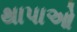
થાપાઓ